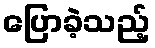
ပြောခဲ့သည့်